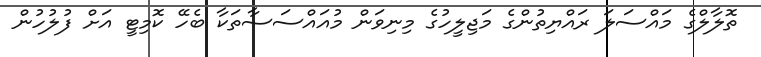
ތޮލާލްގެ މައްސަލަ ރައްޔިތުންގެ މަޖިލީހުގެ މިނިވަން މުއައްސަސާތަކާ ބެހޭ ކޮމިޓީ އަށް ފުލުހުން